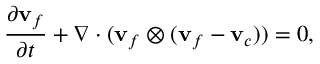
\frac { \partial \mathbf { v } _ { f } } { \partial t } + \nabla \cdot ( \mathbf { v } _ { f } \otimes ( \mathbf { v } _ { f } - \mathbf { v } _ { c } ) ) = 0 ,